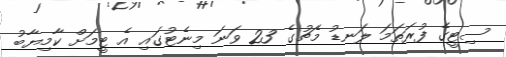
ސިޓީގެ ފުރަތަމަ ލަނޑު މެޗުގެ 23 ވަނަ މިނެޓުގައި އެ ޓީމަށް ކާމިޔާބު